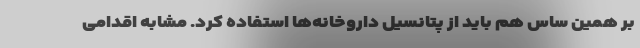
بر همین ساس هم باید از پتانسیل داروخانه‌ها استفاده کرد. مشابه اقدامی